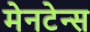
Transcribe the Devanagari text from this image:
मेनटेन्स